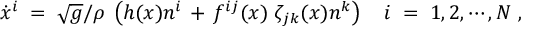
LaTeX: \dot { x } ^ { i } \; = \; \sqrt { g } / \rho \; \left( h ( x ) n ^ { i } \, + \, f ^ { i j } ( x ) \; \zeta _ { j k } ( x ) n ^ { k } \right) \quad i \; = \; 1 , 2 , \cdots , N \ ,